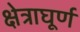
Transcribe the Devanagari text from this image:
क्षेत्राघूर्ण